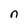
Character: n